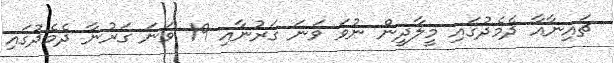
ޗައިނާއާ ދެމެދުގައި މީލާދީން ނުވަ ވަނަ ގަރުނާއި 19 ވަނަ ގަރުނާ ދެމެދުގައި